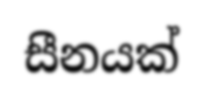
සීනයක්